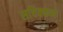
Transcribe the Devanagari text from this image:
सचिक्‍कन